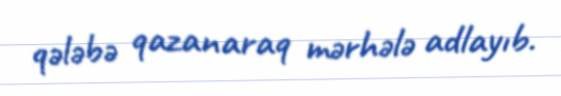
qələbə qazanaraq mərhələ adlayıb.